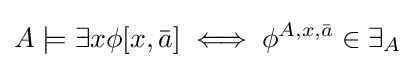
A\models \exists x\phi [x,{\bar {a}}]\iff \phi ^{A,x,{\bar {a}}}\in \exists _{A}